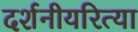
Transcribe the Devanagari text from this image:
दर्शनीयरित्या